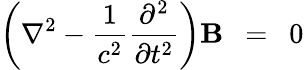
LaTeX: \left(\nabla^{2}-{\frac{1}{{c}^{2}}}{\frac{\partial^{2}}{\partial t^{2}}}\right)\mathbf{B}\ \ =\ \ 0